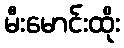
မီးမောင်းထိုး